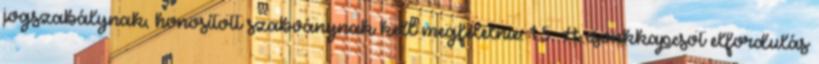
jogszabálynak, honosított szabványnak kell megfelelnie. 1.5. A csonkkapcsot elfordulás